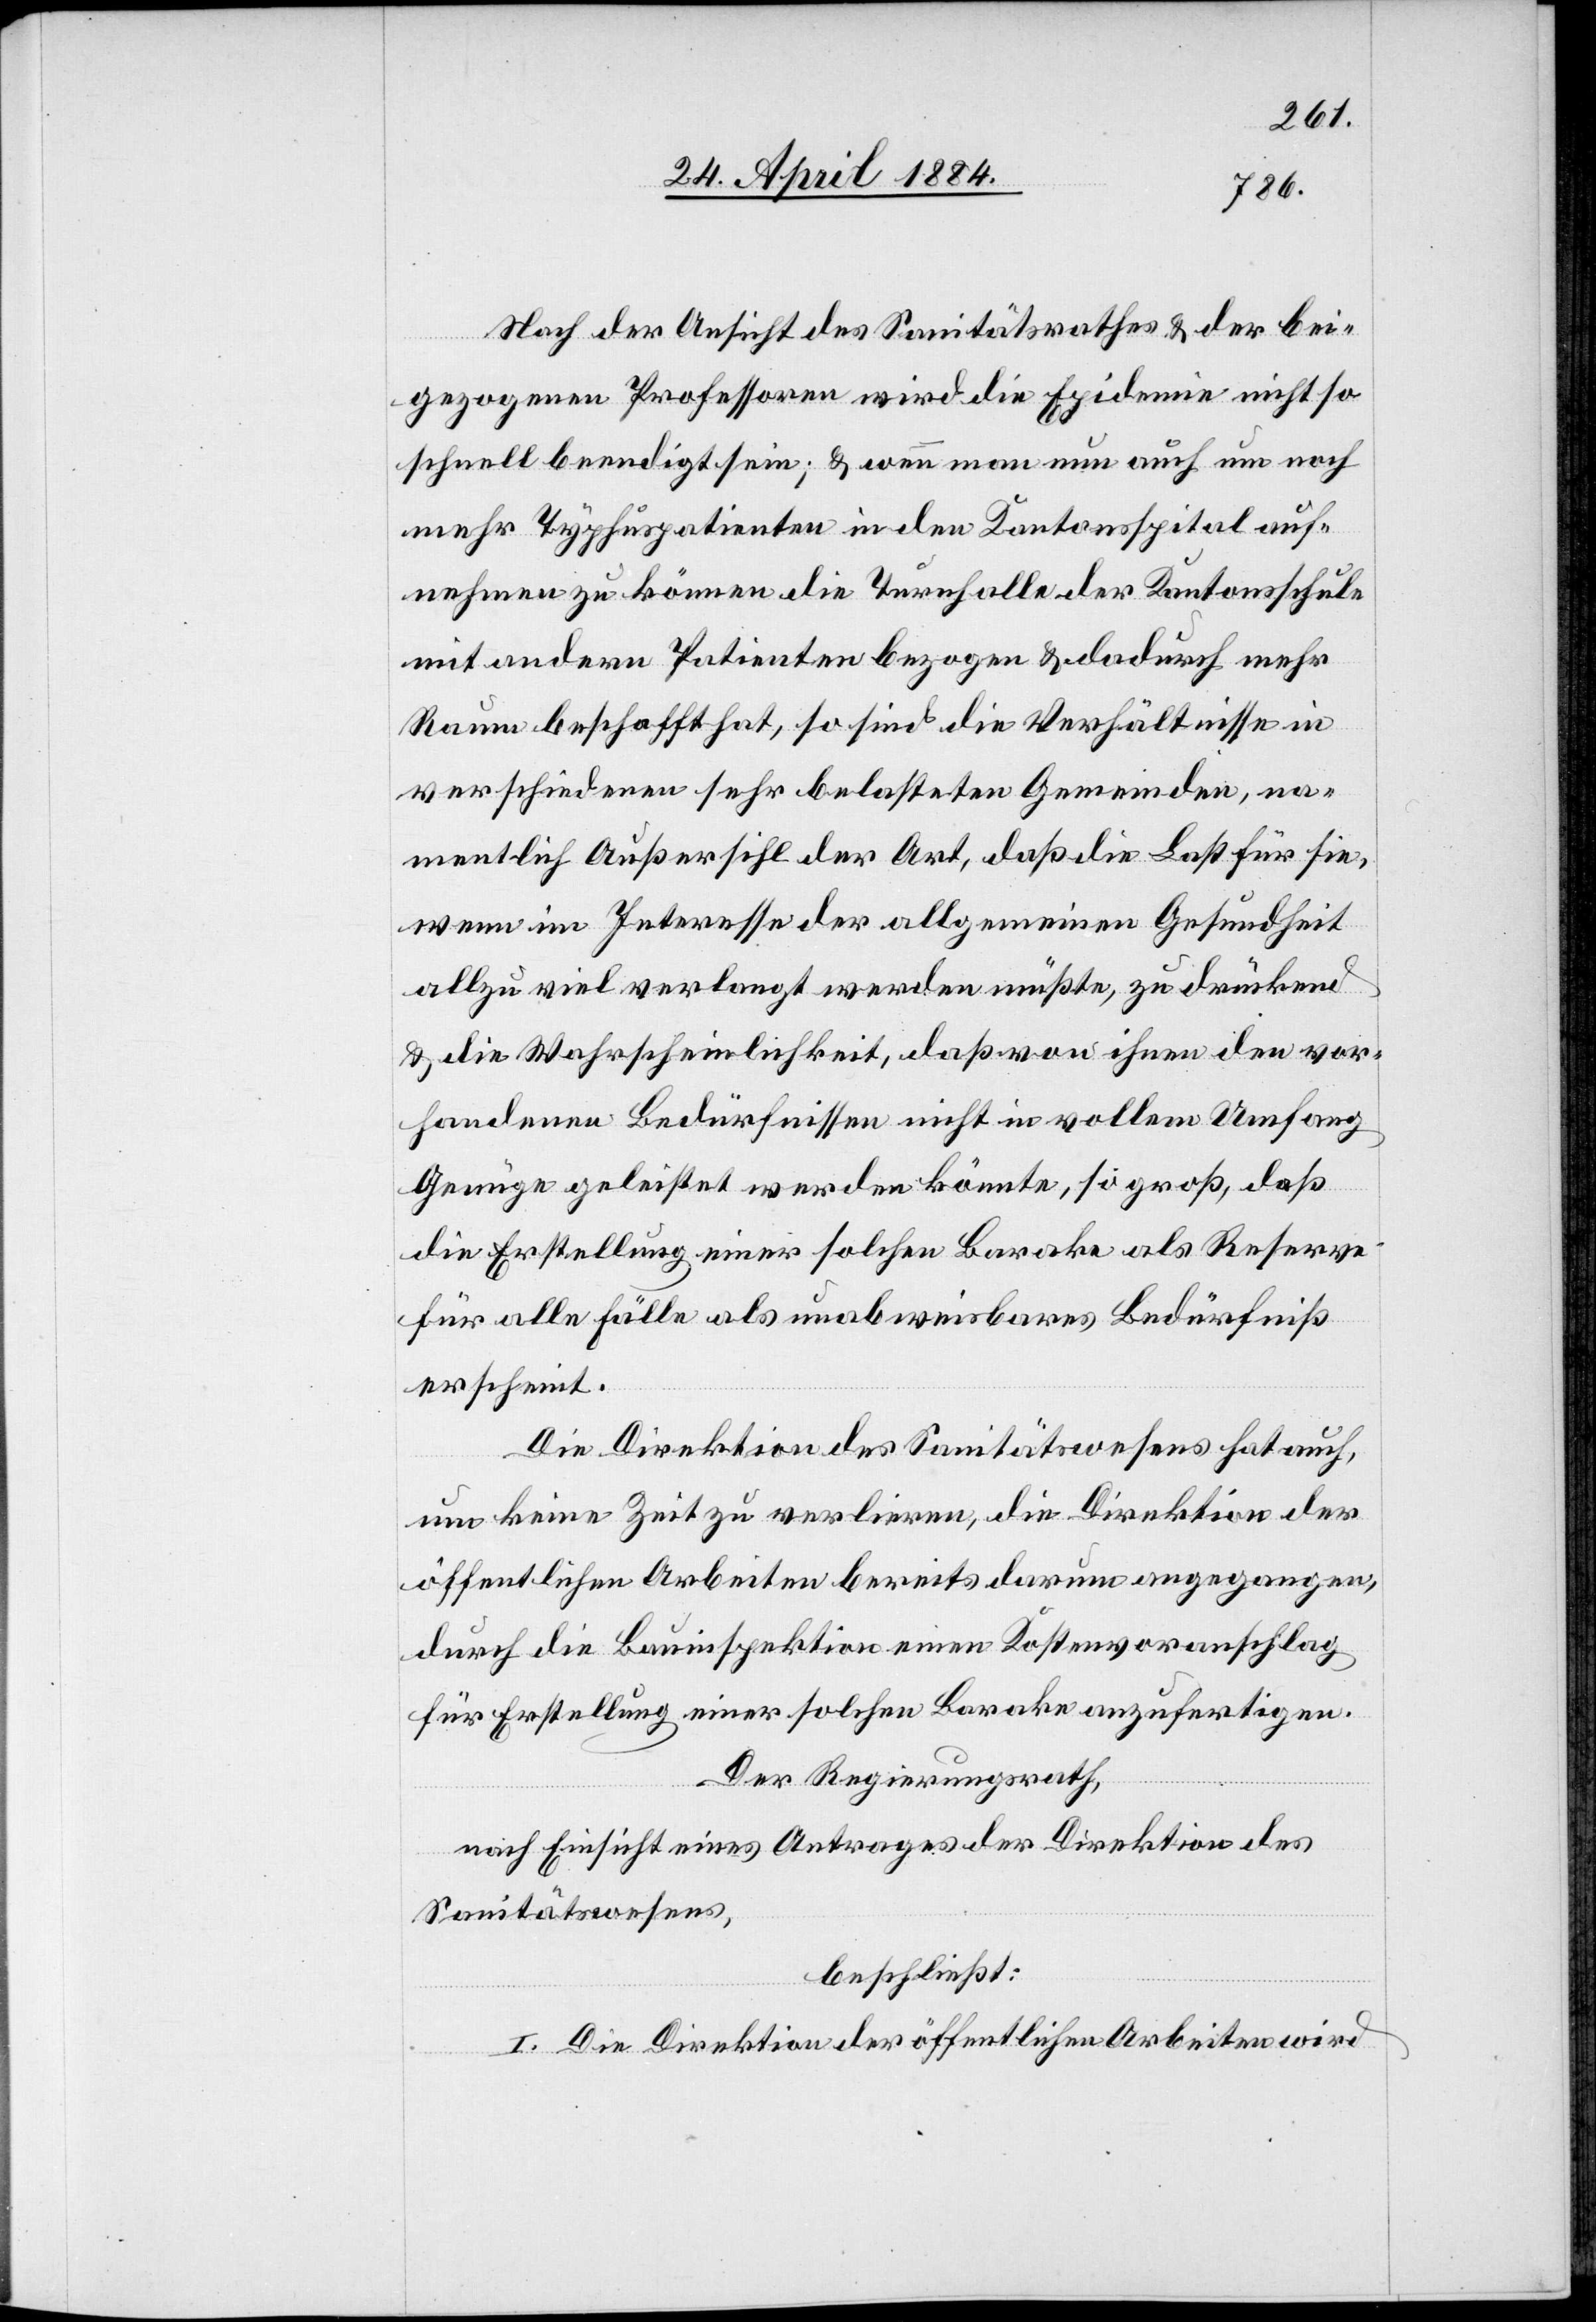
Nach der Ansicht des Sanitätsrathes & der bei¬
gezogenen Professoren wird die Epidemie nicht so
schnell beendigt sein; & wenn man nun auch um noch
mehr Typhuspatienten in den Kantonspital auf¬
nehmen zu können die Turnhalle der Kantonsschule
mit andern Patienten bezogen & dadurch mehr
Raum beschafft hat, so sind die Verhältnisse in
verschiedenen sehr belasteten Gemeinden, na¬
mentlich Außersihl der Art, daß die Last für sie,
wenn im Interesse der allgemeinen Gesundheit
allzu viel verlangt werden müßte, zu drückend
& die Wahrscheinlichkeit, daß von ihnen den vor¬
handenen Bedürfnissen nicht in vollem Umfang
Genüge geleistet werden könnte, so groß, daß
die Erstellung einer solchen Barake als Reserve
für alle Fälle als unabweisbares Bedürfniß
erscheint.
Die Direktion des Sanitätswesens hat auch,
um keine Zeit zu verlieren, die Direktion der
öffentlichen Arbeiten bereits darum angegangen,
durch die Bauinspektion einen Kostenvoranschlag
für Erstellung einer solchen Barake anzufertigen.
Der Regierungsrath,
nach Einsicht eines Antrages der Direktion des
Sanitätswesens,
beschließt:
I. Die Direktion der öffentlichen Arbeiten wird